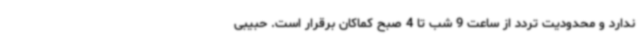
ندارد و محدودیت تردد از ساعت 9 شب تا 4 صبح کماکان برقرار است. حبیبی